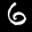
Label: 6